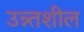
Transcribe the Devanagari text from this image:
उन्न्तशील